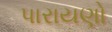
પારાયણો